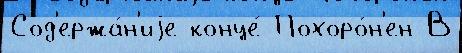
Сод'ержа́н'иjе конце́ Похоро́н'ен В